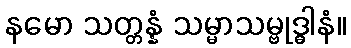
နမော သတ္တန္နံ သမ္မာသမ္ဗုဒ္ဓါနံ။